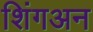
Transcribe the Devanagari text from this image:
शिंगअन